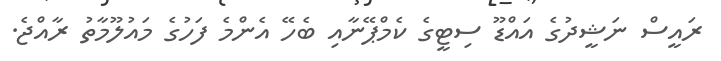
ރައީސް ނަޝީދުގެ އައްޑޫ ސިޓީގެ ކެމްޕޭނާއި ބެހޭ އެންމެ ފަހުގެ މައުލޫމާތު ރާއްޖެ.